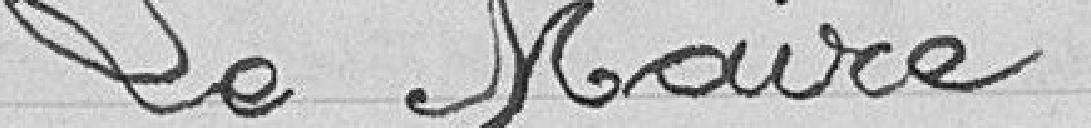
Le Maire.